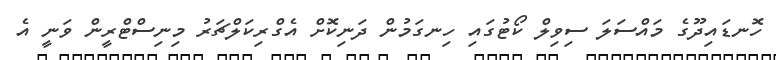
ހޮނޑައިދޫގެ މައްސަލަ ސިވިލް ކޯޓުގައި ހިނގަމުން ދަނިކޮށް އެގްރިކަލްޗަރު މިނިސްޓްރީން ވަނީ އެ